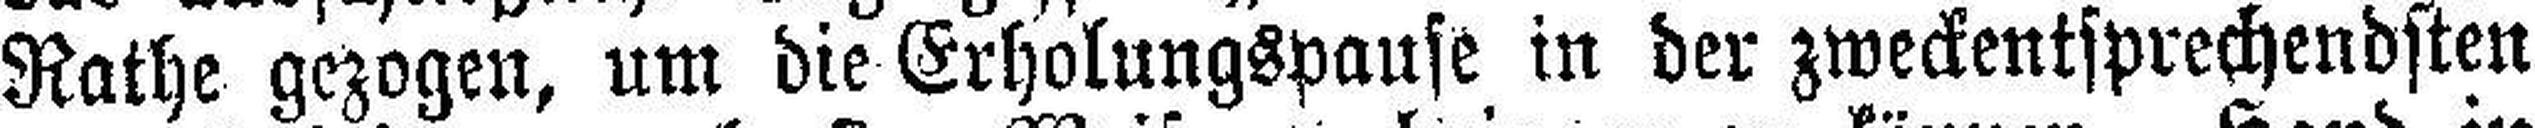
Rathe gezogen, um die Erholungspause in der zweckentsprechendsten